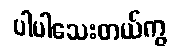
ပါပါသေးတယ်ကွ